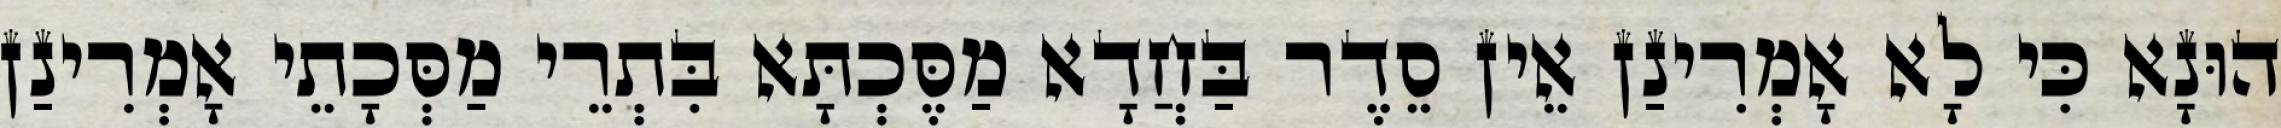
הוּנָא כִּי לָא אָמְרִינַן אֵין סֵדֶר בַּחֲדָא מַסֶּכְתָּא בִּתְרֵי מַסְּכָתֵי אָמְרִינַן